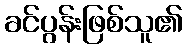
ခင်ပွန်းဖြစ်သူ၏